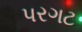
પરગટ